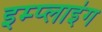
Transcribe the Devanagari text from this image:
इम्प्‍लाइंग